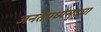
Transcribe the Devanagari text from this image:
जनतेमध्येसुद्धा